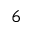
6